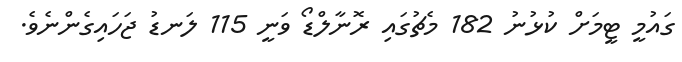
ގައުމީ ޓީމަށް ކުޅުނު 182 މެޗުގައި ރޮނާލްޑޯ ވަނީ 115 ލަނޑު ޖަހައިގެންނެވެ.